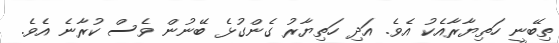
ތިބޭނީ ހަތިޔާރާއެކު އެވެ. އަދި ހަތިޔާރު ގެންގުޅެ ބޭނުން ވެސް ކުރާނެ އެވެ.